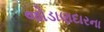
જોડાણદારના